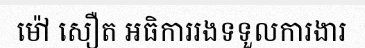
ម៉ៅ សឿត អធិការរងទទួលការងារ